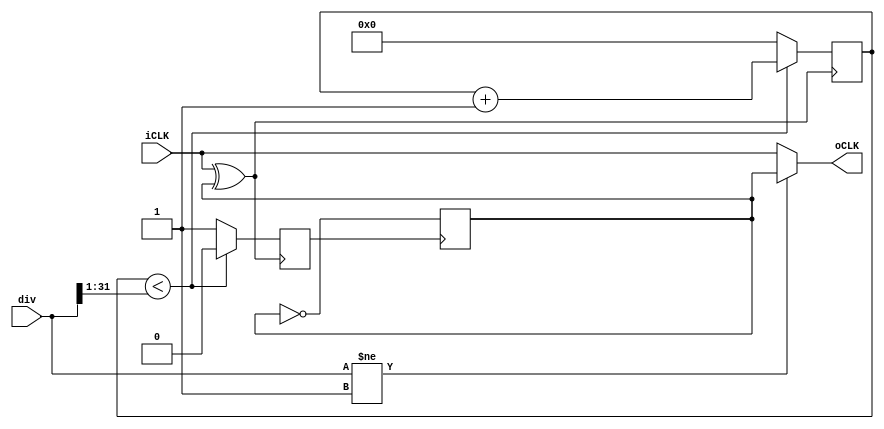
//`include "para.v"
`define WI 32
`timescale 1ns / 1ps

module div_odd (iCLK,oCLK,div);
input iCLK;
parameter WIDE = 32;
input [WIDE-1:0] div;
output oCLK;
wire oCLK;
reg outCLK;

reg cout;
reg [WIDE-1:0 ]cnt ;
initial cnt = 0;
wire inCLK;
reg cc;
initial cc = 0;

always @(posedge  cout) 	cc <= ~ cc; 

assign inCLK  = iCLK ^ cc;

 always @ (posedge inCLK)
 begin
 if (cnt < (div[WIDE-1:1])) begin  cnt <= cnt +32'b1;  cout <= 1'b0; end// div /2  eg. div2 is 1 div 4 is 2 
 else begin cnt <= 0 ; cout <= 1'b1;end
 end

 always @ (negedge iCLK) 	outCLK <= cout; 

 assign oCLK = (div != 32'd1 ) ?  cc :iCLK ;

 endmodule